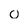
Character: 0